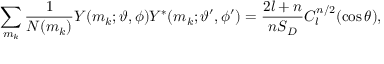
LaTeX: \sum _ { m _ { k } } \frac { 1 } { N ( m _ { k } ) } Y ( m _ { k } ; \vartheta , \phi ) Y ^ { * } ( m _ { k } ; \vartheta ^ { \prime } , \phi ^ { \prime } ) = \frac { 2 l + n } { n S _ { D } } C _ { l } ^ { n / 2 } ( \cos \theta ) ,